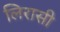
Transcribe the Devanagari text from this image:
लिरासी